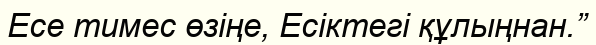
Есе тимес өзіңе, Есіктегі құлыңнан.”